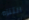
التنزه